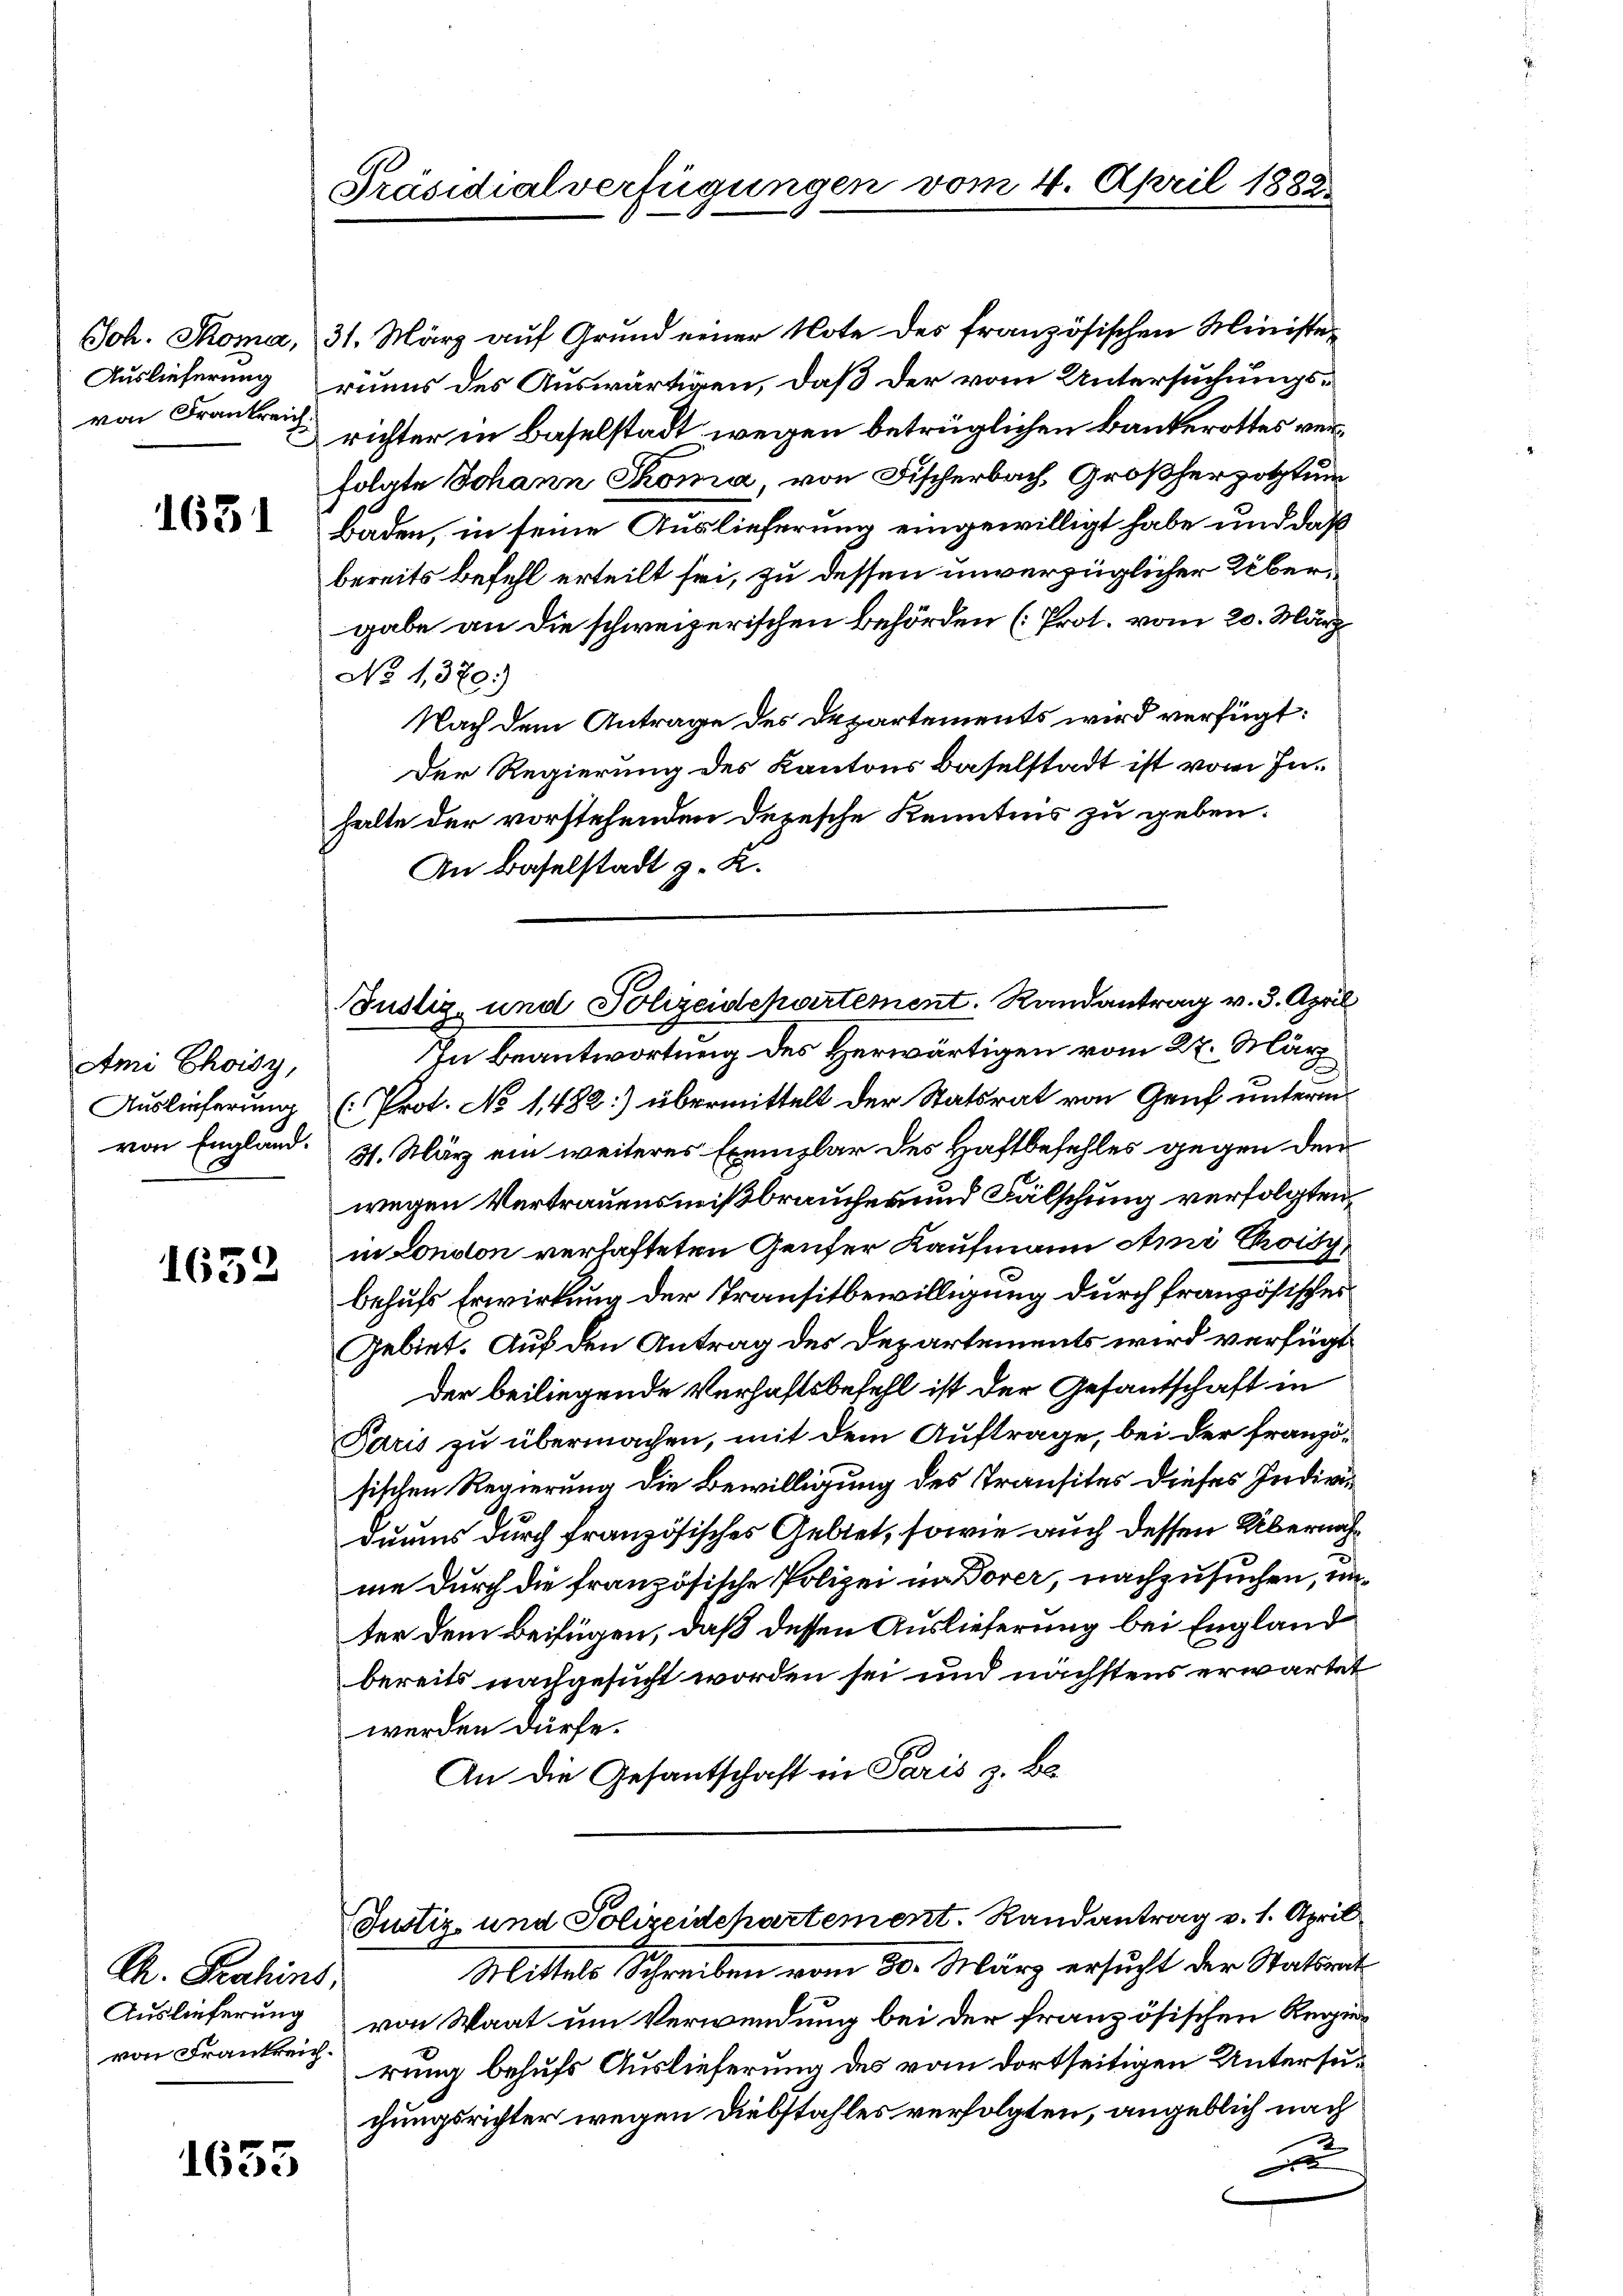
Auslieferung
von Frankreich.

1651

Ami Choisz,
Auslieferung
von England.

1632

Ch. Prahins
Auslieferung
von Frankreich.

1633

Präsidialverfügungen vom 4. April 1882.

Joh. Thoma, 31. März auf Grund einer Note des französischen Ministeruums des Auswärtigen, daß der vom Untersuchungsrichter in Baselstadt wegen betrüglichen Bankerottes verfolgte Johann Thoma, von Fischerbach, Großherzogtum
Baden, in seine Auslieferung eingewilligt habe und daß
bereits befehl erteilt sei, zu dessen unverzüglicher Übergabe an die schweizerischen Behörden (Prot. vom 20. März.
No 1370)
Nach dem Antrage des Departements wird verfügt:
Der Regierung des Kantons Baselstadt ist vom Inhalte der vorstehenden Depesche Kenntnis zu geben.
An Baselstadt z. K.
In Beantwortung des Herwärtigen vom 27. März
(Prot. No 1482:) übermittelt der Statsrat von Genf unterm
31. März ein weiteres Exemplar des Haftbefehles gegen den
wegen Vertrauensmißbraucher und Fälschung verfolgten
in London verhafteten Genfer Kaufmann Ami Choisybehufs Erwirkung der Transitbewilligung durch französisches
Gebiet. Auf den Antrag des Departements wird verfügt
der beiliegende Verhaftsbefehl ist der Gesantschaft in
Paris zu übermachen, mit dem Auftrage, bei der französischen Regierung die Bewilligung des Transites dieses Individuums durch französisches Geltet, sowie auch dessen Übernachme durch die französische Polizei in Borer, nachzusuchen, in
ter dem Beifügen, daß dessen Auslieferung bei England
bereits nachgesucht worden sei und nächstens erwarten
werden dürfe.
An die Gesantschaft in Paris z. B.
Justiz- und Polizeidepartement. Randantrag v. 1. April
Mittels Schreiben vom 30. März ersucht der Statsrat
von Waat um Verwendung bei der französischen Regierung behufs Auslieferung des vom dortseitigen Untersuchungsrichter wegen Diebstahles verfolgten, angeblich nach
t

Justiz- und Polizeidepartement. Randantrag v. 3. April